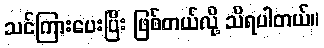
သင်ကြားပေးပြီး ဖြစ်တယ်လို့ သိရပါတယ်။